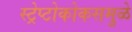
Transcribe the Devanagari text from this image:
स्ट्रेप्टोकोकसमुळे